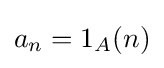
a_{n}=1_{A}(n)